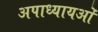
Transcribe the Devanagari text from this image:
अपाध्यायओं